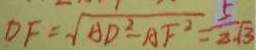
D F = \sqrt { A D ^ { 2 } - A F ^ { 2 } } = \frac { 5 } { 2 } \sqrt { 3 }